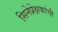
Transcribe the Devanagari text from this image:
सिनेप्रेक्षकांची